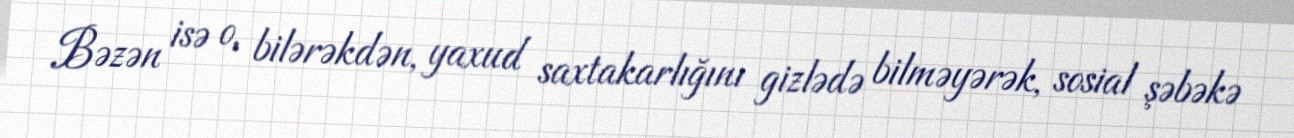
Bəzən isə o, bilərəkdən, yaxud saxtakarlığını gizlədə bilməyərək, sosial şəbəkə